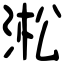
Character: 淞